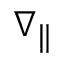
\nabla _ { \parallel }